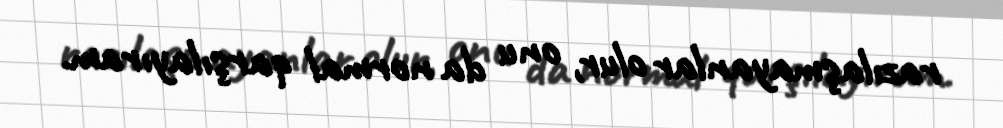
razılaşmayanlar olur, onu da normal qarşılayıram.